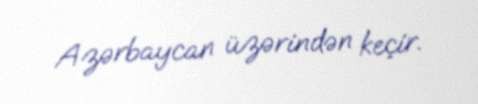
Azərbaycan üzərindən keçir.